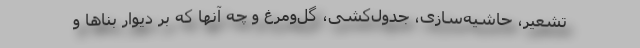
تشعیر، حاشیه‌سازی، جدول‌کشی، گل‌ومرغ و چه آنها که بر دیوار بناها و